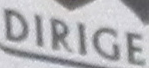
DIRIGE